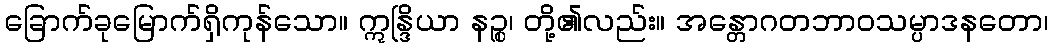
ခြောက်ခုမြောက်ရှိကုန်သော။ ဣန္ဒြိယာ နဉ္စ၊ တို့၏လည်း။ အန္တောဂတဘာဝသမ္ပာဒနတော၊